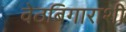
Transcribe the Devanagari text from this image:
वेठबिगाराशी